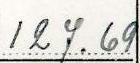
127.69